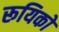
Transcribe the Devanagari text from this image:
रूयिको